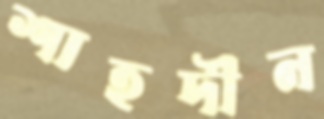
শাহদীন